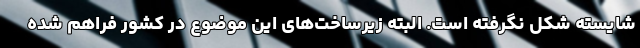
شایسته شکل نگرفته است. البته زیرساخت‌های این موضوع در کشور فراهم شده